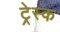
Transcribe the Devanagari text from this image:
ट्रेस्क